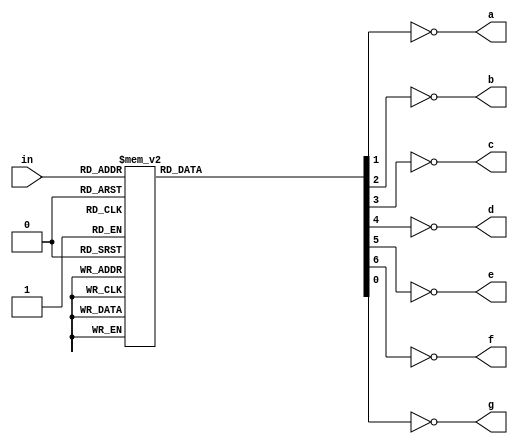
`timescale 1ns / 1ps

module digdec(
   input [3:0]in,
   output reg a, b, c, d, e, f, g
);

always @(*) begin
    a = 0;
    b = 0;
    c = 0;
    d = 0;
    e = 0;
    f = 0;
    g = 0;   
    case (in) 
         0: begin
            a = 1;            
            b = 1;
            c = 1;
            d = 1;
            e = 1;
            f = 1;  
         end
         
         1: begin
            c = 1; 
            b = 1;  
         end
         
         2: begin
            a = 1; 
            b = 1;  
            d = 1; 
            e = 1;  
            g = 1; 
         end
         
         3: begin
            a = 1; 
            b = 1; 
            c = 1; 
            d = 1;  
            g = 1; 
         end
         
         4: begin 
            b = 1; 
            c = 1;  
            f = 1; 
            g = 1; 
         end
         
         5: begin
            a = 1;  
            c = 1; 
            d = 1;  
            f = 1; 
            g = 1; 
         end
         
         6: begin
            a = 1; 
            c = 1; 
            d = 1; 
            e = 1; 
            f = 1; 
            g = 1; 
         end
         
         7: begin
            a = 1; 
            b = 1; 
            c = 1; 
         end
         
         8: begin
            a = 1; 
            b = 1; 
            c = 1; 
            d = 1; 
            e = 1; 
            f = 1; 
            g = 1; 
         end
         
         9: begin
            a = 1; 
            b = 1; 
            c = 1; 
            d = 1;  
            f = 1; 
            g = 1; 
         end
         
         10: begin
            a = 1; 
            b = 1; 
            c = 1; 
            e = 1; 
            f = 1; 
            g = 1; 
         end
         
         11: begin 
            c = 1; 
            d = 1; 
            e = 1; 
            f = 1; 
            g = 1; 
         end
         
         12: begin
            a = 1;  
            d = 1; 
            e = 1; 
            f = 1;  
         end
         
         13: begin 
            b = 1; 
            c = 1; 
            d = 1; 
            e = 1; 
            g = 1;   
         end
         
         14: begin
            a = 1; 
            d = 1; 
            e = 1; 
            f = 1; 
            g = 1; 
         end
         
         15: begin
            a = 1;  
            e = 1; 
            f = 1; 
            g = 1; 
         end
         
         default: begin
            a = 1;
            d = 1;
            e = 1;
            f = 1;
            g = 1;
         end
    endcase  
    a = ~a;
    b = ~b;
    c = ~c;
    d = ~d;
    e = ~e;
    f = ~f;
    g = ~g;     
end

endmodule 

module dec(
    input [1:0]a,
    output reg [3:0]b
);
    always @(*) begin
        b = 0;
        case (a)
            0: b = 1;
            1: b = 2;
            2: b = 4;
            3: b = 8;
            default: b = 15; 
        endcase
        b = ~b;
     end
endmodule

module cnt(
    clk,
    o
);

    input clk;
    output reg [1:0]o = 0;

always @(posedge clk) begin
    o = o + 1;
end
    
endmodule

//topmodule
module top(
    input [3:0]in0, in1, in2, in3,
    input clk,
    output [3:0]dout,
    output a, b, c, d, e, f, g
);

reg [3:0]muxout;
wire [1:0]cntout;

always @(posedge clk) begin
    case (cntout)
        0: muxout = in0;
        1: muxout = in1;
        2: muxout = in2;
        3: muxout = in3;
        default: muxout = 0;
    endcase
end

digdec digdec(
 .in(muxout),
 .a(a),
 .b(b),
 .c(c),
 .d(d),
 .e(e),
 .f(f),
 .g(g)
);

dec dec(
 .a(cntout),
 .b(dout)
);

cnt cnt(
    .clk(clk),
    .o(cntout)
);
endmodule